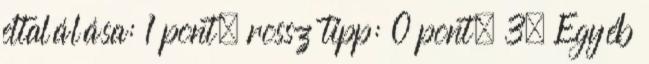
eltalálása: 1 pont, rossz tipp: 0 pont. 3. Egyéb